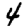
Digit: 4